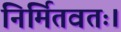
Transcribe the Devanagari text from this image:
निर्मितवतः।